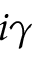
i \gamma